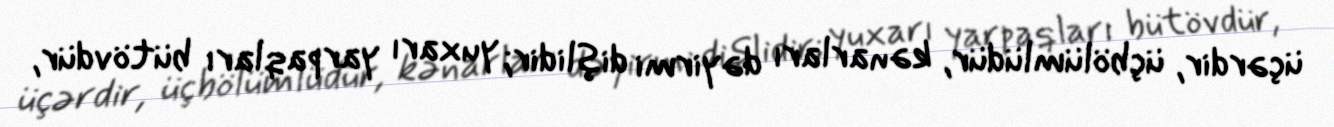
üçərdir, üçbölümlüdür, kənarları dəyirmi dişlidir; yuxarı yarpaqları bütövdür,